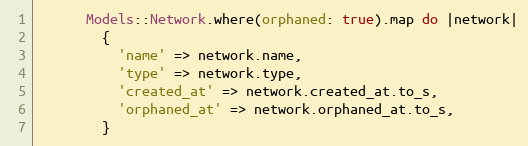
Language: Ruby
      Models::Network.where(orphaned: true).map do |network|
        {
          'name' => network.name,
          'type' => network.type,
          'created_at' => network.created_at.to_s,
          'orphaned_at' => network.orphaned_at.to_s,
        }